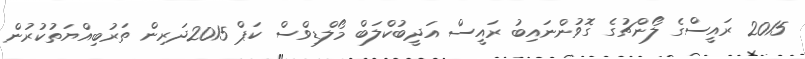
2015 ރައީސްގެ ލޯންޗުގެ ގޮވުންނައިބު ރައީސް އަދީބުކްލަބް މޯލްޑިވްސް ކަޕް 2015ދަރިން ތަރުބިއްޔަތުކުރުން